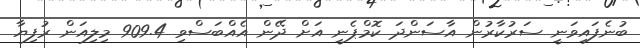
ބުނެފައިވަނީ ސަރުކާރުން އާސަންދަ ކޮމްޕެނީ އަށް ދޭން އެއްބަސްވި 909.4 މިލިއަން ރުފިޔާ